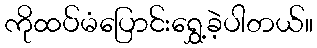
ကိုထပ်မံပြောင်းရွှေ့ခဲ့ပါတယ်။